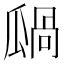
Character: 𤬋